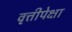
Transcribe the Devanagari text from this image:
वृत्तीपेक्षा